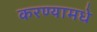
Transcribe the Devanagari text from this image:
करण्यामधे